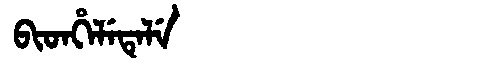
Manchu: ᠪᡳᡨᡥᡝᠯᡝᡨᡝᠯᡝ
Romanization: BITHELETELE